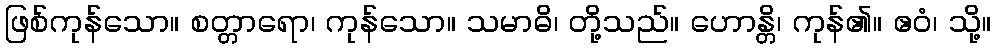
ဖြစ်ကုန်သော။ စတ္တာရော၊ ကုန်သော။ သမာဓိ၊ တို့သည်။ ဟောန္တိ၊ ကုန်၏။ ဧဝံ၊ သို့။